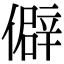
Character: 僻